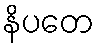
နိပတေ